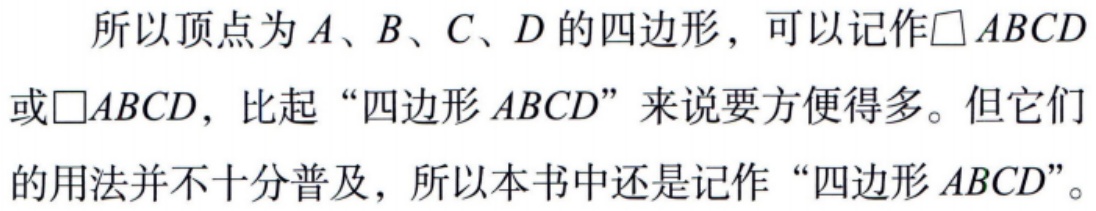
所以顶点为\(A\)、\(B\)、\(C\)、\(D\)的四边形，可以记作\(\square ABCD\)或\(\square ABCD\)，比起“四边形\(ABCD\)”来说要方便得多。但它们的用法并不十分普及，所以本书中还是记作“四边形\(ABCD\)”。